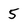
Character: 5